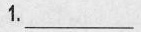
1.___